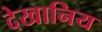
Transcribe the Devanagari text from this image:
देखानिय